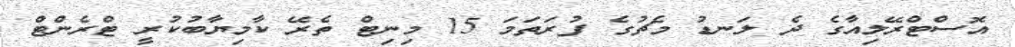
އޮސްޓްރޭލިއާގެ ދެ ލަނޑު މެޗުގެ ފުރަތަމަ 15 މިނިޓް ތެރޭ ކާމިޔާބުކުރީ ޓްރެންޓް